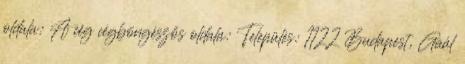
oldala: A cég cégböngészős oldala: Település: 1122 Budapest, Gaál